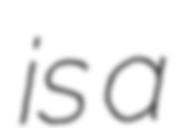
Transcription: is a